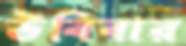
উবিবার